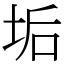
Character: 垢